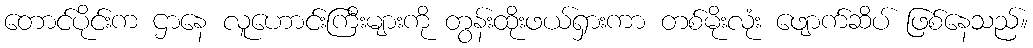
တောင်ပိုင်းက ဌာနေ လူဟောင်းကြီးများကို တွန်းထိုးဖယ်ရှားကာ တစ်မိုးလုံး ဖျောက်ဆိပ် ဖြစ်နေသည်။